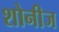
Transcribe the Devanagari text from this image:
शोनीज